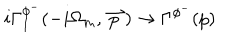
LaTeX: i \Gamma _ { I } ^ { \phi ^ { - } } ( - i \Omega _ { m } , \stackrel { \rightharpoonup } { p } ) \rightarrow \Gamma ^ { \phi ^ { - } } ( p )